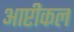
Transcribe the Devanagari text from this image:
आप्टीकल